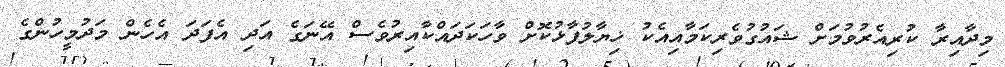
މިދާއިރާ ކުރިއެރުވުމަށް ޝައުގުވެރިކަމާއިއެކު ޚިޔާލުފާޅުކޮށް ވާހަކަދައްކާއިރުވެސް އޭނަގެ އަދި އެފަދަ އެހެން މަދުމީހުންގެ